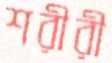
শরীরী